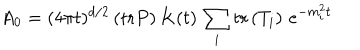
A _ { 0 } = ( 4 \pi t ) ^ { d / 2 } \left( \mathrm { t r } P \right) K ( t ) \, \sum _ { i } \mathrm { t r } \left( T _ { i } \right) \, e ^ { - m _ { i } ^ { 2 } t }